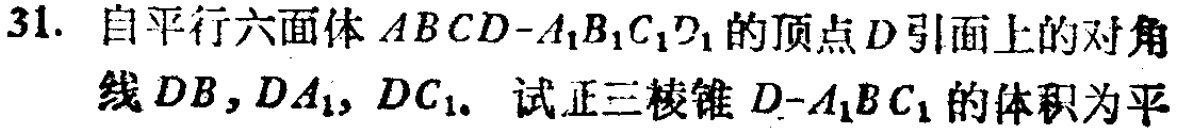
31. 自平行六面体 \(ABCD - A_{1}B_{1}C_{1}D_{1}\) 的顶点 \(D\) 引面上的对角线 \(DB,DA_{1},DC_{1}\). 试正三棱锥 \(D - A_{1}BC_{1}\) 的体积为平